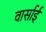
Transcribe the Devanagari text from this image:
वार्साई